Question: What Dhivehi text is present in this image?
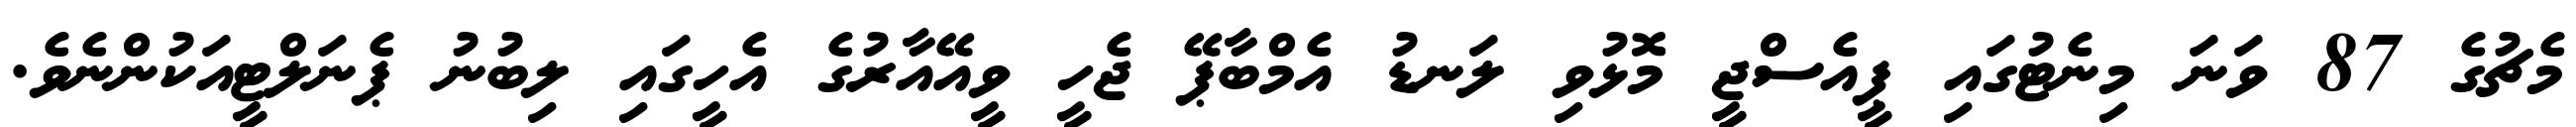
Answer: މެޗުގެ 87 ވަނަ މިނެޓުގައި ޕީއެސްޖީ މޮޅުވި ލަނޑު އެމްބާޕޭ ޖެހީ ވީއޭއާރުގެ އެހީގައި ލިބުނު ޕެނަލްޓީއަކުންނެވެ.